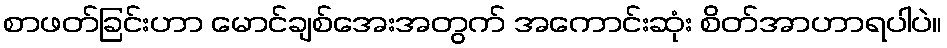
စာဖတ်ခြင်းဟာ မောင်ချစ်အေးအတွက် အကောင်းဆုံး စိတ်အာဟာရပါပဲ။